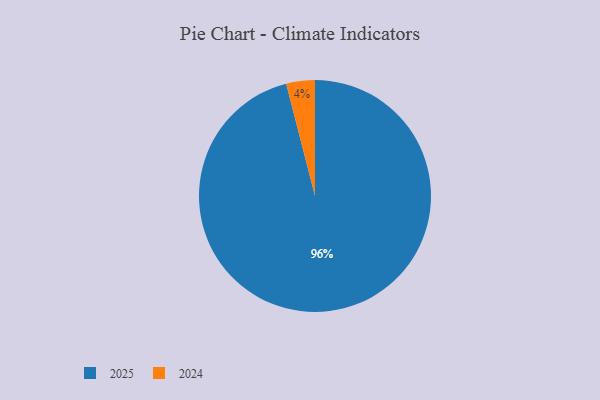
{"axis": {"x": "Category", "y": "Percentage"}, "legend": ["2024", "2025"], "data": [{"x": "2024", "y": 4, "type": "2024"}, {"x": "2025", "y": 96, "type": "2025"}]}